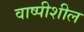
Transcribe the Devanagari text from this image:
वाष्पीशील